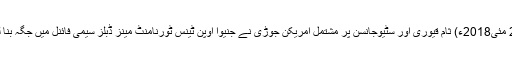
25 مئی2018ء) ثام قیوری اور سٹیوجانسن پر مشتمل امریکن جوڑی نے جنیوا اوپن ٹینس ٹورنامنٹ مینز ڈبلز سیمی فائنل میں جگہ بنا لی۔